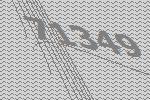
71349